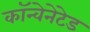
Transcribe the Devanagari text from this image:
कॉन्वेनेटेड